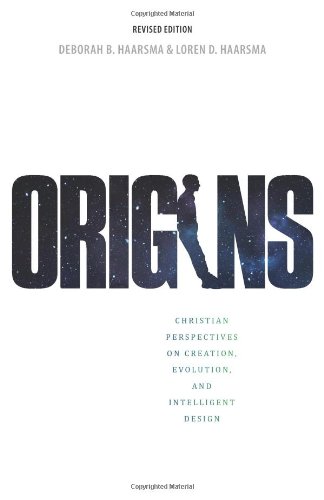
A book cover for Origins: Christian Perspectives on Creation, Evolution, and Intelligent Design; Deborah B Haarsma; Science & Math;